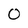
Character: O